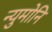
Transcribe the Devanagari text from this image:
न्युमोनि